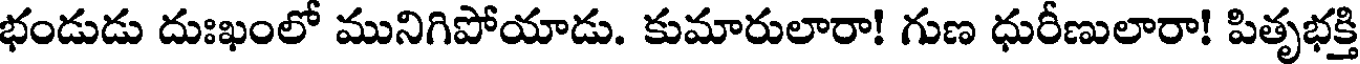
భండుడు దుఃఖంలో మునిగిపోయాడు. కుమారులారా! గుణ ధురీణులారా! పితృభక్తి